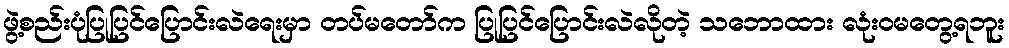
ဖွဲ့စည်းပုံပြုပြင်ပြောင်းလဲရေးမှာ တပ်မတော်က ပြုပြင်ပြောင်းလဲလိုတဲ့ သဘောထား လုံးဝမတွေ့ရဘူး